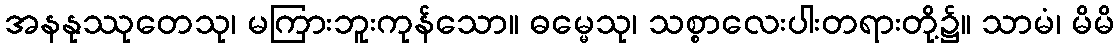
အနနုဿုတေသု၊ မကြားဘူးကုန်သော။ ဓမ္မေသု၊ သစ္စာလေးပါးတရားတို့၌။ သာမံ၊ မိမိ